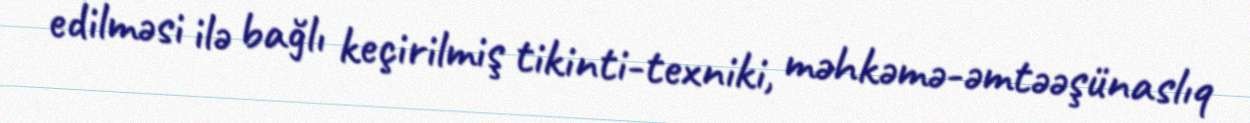
edilməsi ilə bağlı keçirilmiş tikinti-texniki, məhkəmə-əmtəəşünaslıq